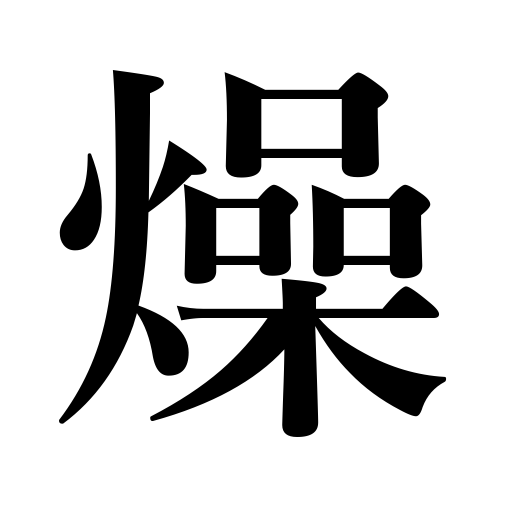
Meanings: dry up